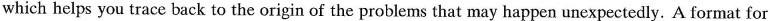
which helps you trace back to the origin of the problems that may happen unexpectedly. A format for